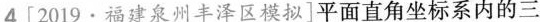
4 [2019·福建泉州丰泽区模拟]平面直角坐标系内的三